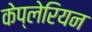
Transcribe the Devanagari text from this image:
केप्लेरियन